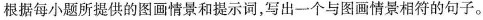
根据每小题所提供的图画情景和提示词，写出一个与图画情景相符的句子。